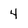
Character: 4